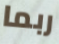
ربما